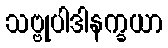
သဗ္ဗုပါဒါနက္ခယာ